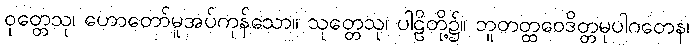
ဝုတ္တေသု၊ ဟောတော်မူအပ်ကုန်သော။ သုတ္တေသု၊ ပါဠိတို့၌။ ဘူတတ္ထဝေဒိတ္တမုပါဂတေန၊